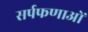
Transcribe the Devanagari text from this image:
सर्पफणाओं